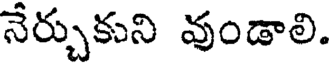
నేర్చుకుని వుండాలి.